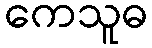
ကေသူဓ